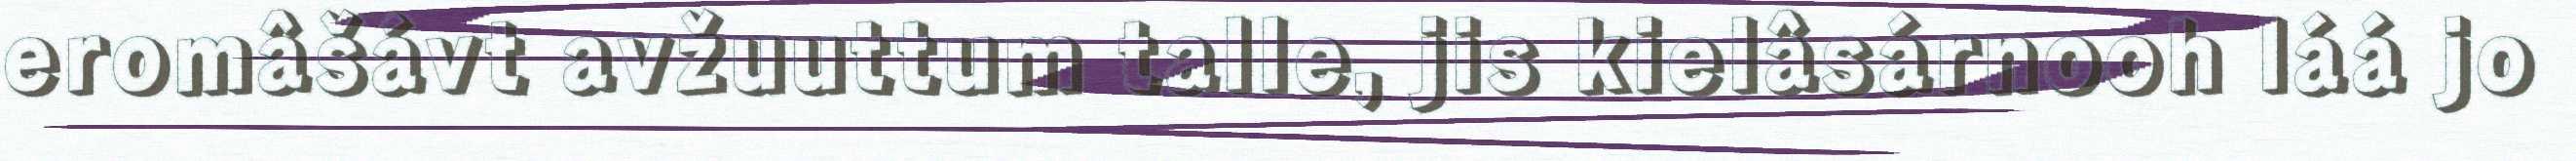
eromâšávt avžuuttum talle, jis kielâsárnooh láá jo